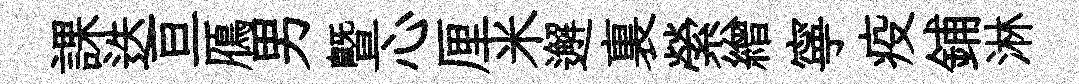
課迭亘鴈男曁心厘米邂裏縈繒寧疫鋪淋